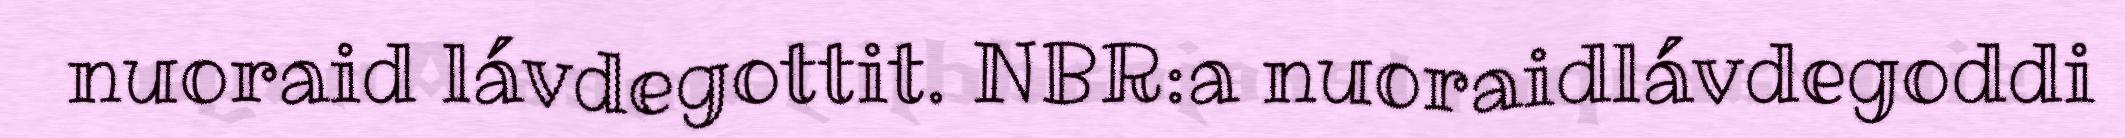
nuoraid lávdegottit. NBR:a nuoraidlávdegoddi